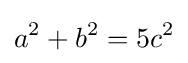
a^{2}+b^{2}=5c^{2}